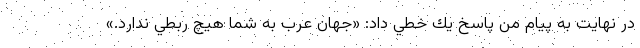
در نهايت به پيام من پاسخ يك خطي داد: «جهان عرب به شما هيچ ربطي ندارد.»